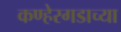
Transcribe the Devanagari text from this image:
कण्हेरगडाच्या